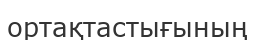
ортақтастығының